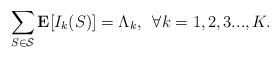
LaTeX: \begin{align*} \sum_{S \in \cal{S}} \mathbf{E}[I_k(S)] = \Lambda_k,\,\,\, \forall k = 1,2,3...,K. \end{align*}